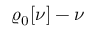
\varrho _ { \mathrm { 0 } } [ \nu ] - \nu